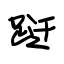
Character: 跹